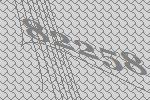
82258